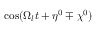
\cos ( \Omega _ { l } t + \eta ^ { 0 } \mp \chi ^ { 0 } )